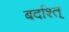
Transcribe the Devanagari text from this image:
बर्दाश्त्